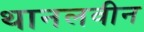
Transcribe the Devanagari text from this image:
थानलवीन